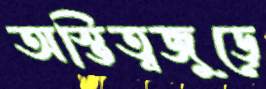
অস্তিত্বজুড়ে